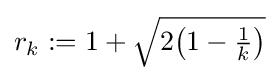
{\textstyle r_{k}:=1+{\sqrt {2{\big (}1-{\frac {1}{k}}{\big )}}}}